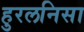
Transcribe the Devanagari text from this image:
हुरलनिसा